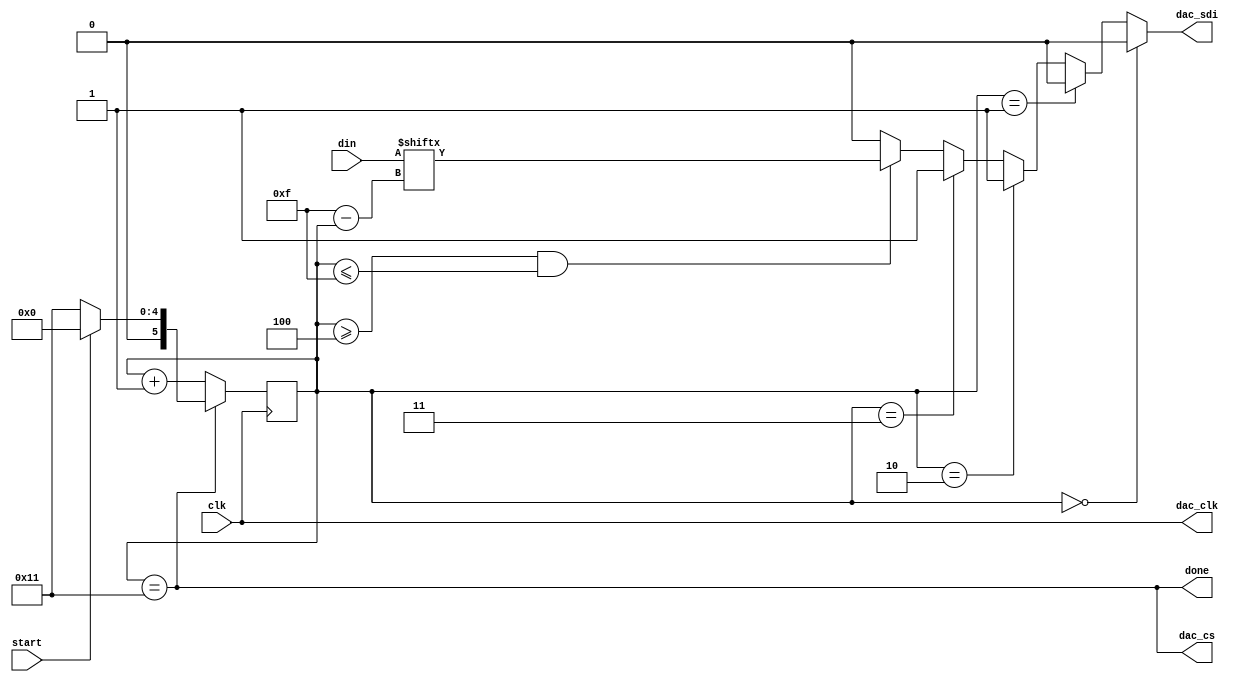
module dac(
    clk,
    start,
    done,
    din,

    dac_cs,
    dac_clk,
    dac_sdi,
);

input clk;
input start;
output done;
input [11:0] din;

output dac_cs;
output dac_clk;
output dac_sdi;

assign dac_clk = clk;

reg [5:0] state = 6'd17;

// State transition
always @ (negedge clk)
    if (state == 6'd17)
        if (start == 1'b1)
            state <= 0;
        else
            state <= 6'd17;
    else
        state <= state + 1;

// Output: DAC_CS
assign dac_cs = (state == 6'd17);

// Output: DONE
assign done = (state == 6'd17);

// Output: DAC_SDI
always @ (state)
    if (state == 0)
        dac_sdi <= 0;     // Channel A
    else if (state == 1)
        dac_sdi <= 0;     // Unbuffered Vref??
    else if (state == 2)
        dac_sdi <= 1;     // 1x output gain
    else if (state == 3)
        dac_sdi <= 1;     // No shutdown
    else if (state >= 4 && state <= 15)
        dac_sdi <= din[15 - state];
    else
        dac_sdi <= 0;

endmodule